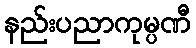
နည်းပညာကုမ္ပဏီ